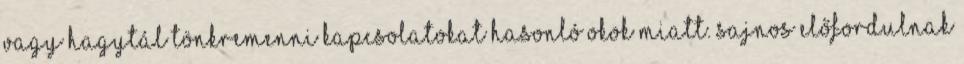
vagy hagytál tönkremenni kapcsolatokat hasonló okok miatt. Sajnos előfordulnak